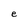
Character: e